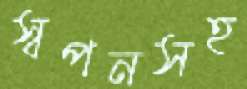
স্বপনসহ